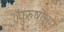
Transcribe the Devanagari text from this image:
पुरुषॊत्तम